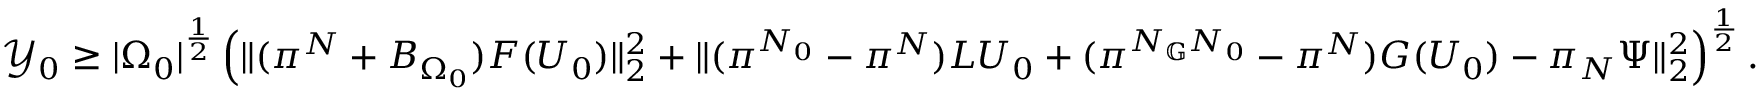
\mathcal { Y } _ { 0 } \geq | { \Omega _ { 0 } } | ^ { \frac { 1 } { 2 } } \left( \| ( \pi ^ { N } + B _ { \Omega _ { 0 } } ) F ( U _ { 0 } ) \| _ { 2 } ^ { 2 } + \| ( \pi ^ { N _ { 0 } } - \pi ^ { N } ) L U _ { 0 } + ( \pi ^ { N _ { \mathbb { G } } N _ { 0 } } - \pi ^ { N } ) G ( U _ { 0 } ) - \pi _ { N } \Psi \| _ { 2 } ^ { 2 } \right) ^ { \frac { 1 } { 2 } } .